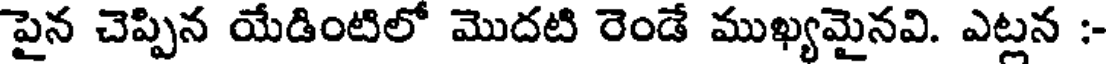
పైన చెప్పిన యేడింటిలో మొదటి రెండే ముఖ్యమైనవి. ఎట్లన :-